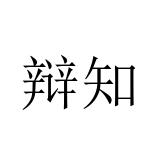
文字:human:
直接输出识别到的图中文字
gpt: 辩知